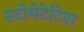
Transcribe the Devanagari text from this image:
स्टोमेटेटिस